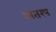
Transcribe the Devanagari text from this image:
अंतरप